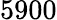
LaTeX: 5900